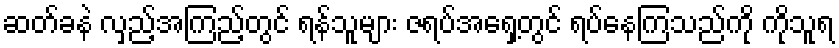
ဆတ်ခနဲ လှည့်အကြည့်တွင် ရန်သူများ ဇရပ်အရှေ့တွင် ရပ်နေကြသည်ကို ကိုသူရ